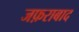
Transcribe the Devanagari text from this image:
जफ़राबाद